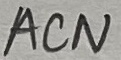
Text: ACN